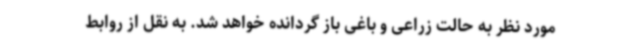
مورد نظر به حالت زراعی و باغی باز گردانده خواهد شد. به نقل از روابط